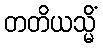
တတိယသ္မိံ